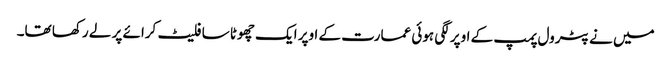
میں نے پٹرول پمپ کے اوپر لگی ہوئی عمارت کے اوپر ایک چھوٹا سا فلیٹ کرائے پر لے رکھا تھا۔